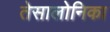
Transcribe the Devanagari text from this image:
तेसालोनिका